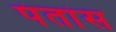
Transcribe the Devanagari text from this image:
पंतांस